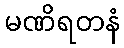
မဏိရတနံ